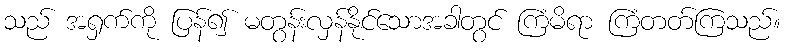
သည် အရှက်ကို ပြန်၍ မတွန်းလှန်နိုင်သောအခါတွင် ကြံမိရာ ကြံတတ်ကြသည်။